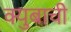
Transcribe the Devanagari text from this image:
क्युबाची